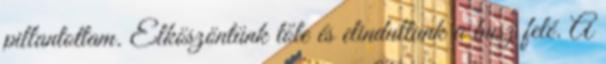
pillantottam. Elköszöntünk tőle és elindultunk a busz felé. A